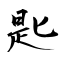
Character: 匙